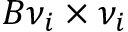
B { \nu } _ { i } \times { \nu } _ { i }